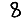
Digit: 8